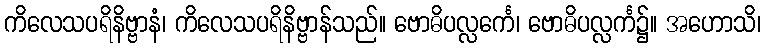
ကိလေသပရိနိဗ္ဗာနံ၊ ကိလေသပရိနိဗ္ဗာန်သည်။ ဗောဓိပလ္လင်္ကေ၊ ဗောဓိပလ္လင်္က၌။ အဟောသိ၊